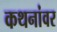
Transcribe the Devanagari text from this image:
कथनांवर